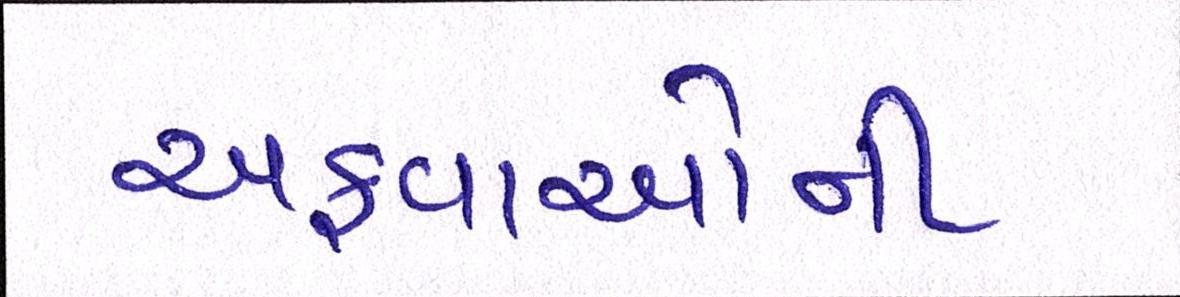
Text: અફવાઓની